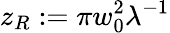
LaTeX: z_{R}:=\pi w_{0}^{2}\lambda^{-1}